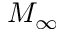
M _ { \infty }